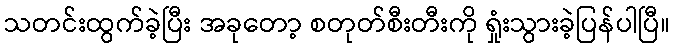
သတင်းထွက်ခဲ့ပြီး အခုတော့ စတုတ်စီးတီးကို ရှုံးသွားခဲ့ပြန်ပါပြီ။